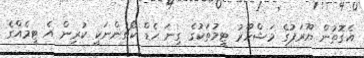
އެގޮތުން ޔޫރަޕުގެ މަޝްހޫރު ޓީމުތަކުގެ ގިނަ ހެޑް ކޯޗުންނަކީ ކުރިން އެ ޓީމެއްގެ